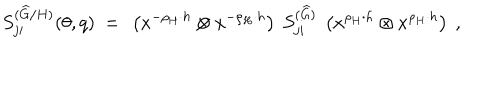
LaTeX: S _ { j i } ^ { ( { \widehat G } / H ) } ( \theta , q ) ~ = ~ \left( x ^ { - \rho _ { H } \cdot h } \otimes x ^ { - \rho _ { H } \cdot h } \right) ~ S _ { j i } ^ { ( { \widehat G } ) } ~ \left( x ^ { \rho _ { H } \cdot h } \otimes x ^ { \rho _ { H } \cdot h } \right) \ ,